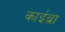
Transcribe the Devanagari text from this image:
काईब्रा